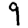
Digit: 9